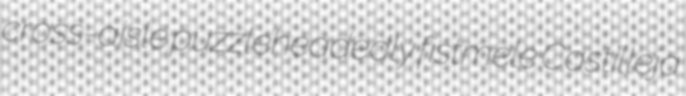
cross-aisle puzzleheadedly fistmele Castilleja